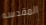
المقدسه